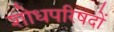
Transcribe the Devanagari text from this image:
शोधपरिषदों